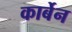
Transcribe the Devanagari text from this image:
कार्बेन